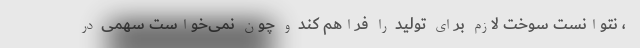
، نتوانست سوخت لازم برای تولید را فراهم کند و چون نمی‌خواست سهمی در